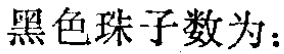
黑色珠子数为：